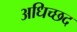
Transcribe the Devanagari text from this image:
अधिच्छद